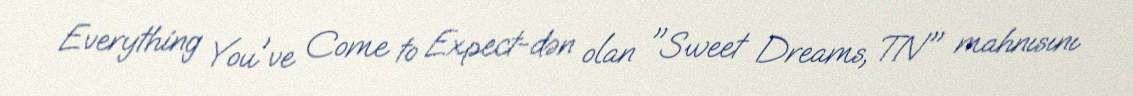
Everything You've Come to Expect-dən olan "Sweet Dreams, TN" mahnısını